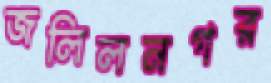
জলিলনগর